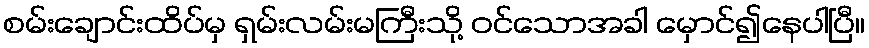
စမ်းချောင်းထိပ်မှ ရှမ်းလမ်းမကြီးသို့ ဝင်သောအခါ မှောင်၍နေပါပြီ။